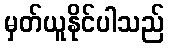
မှတ်ယူနိုင်ပါသည်